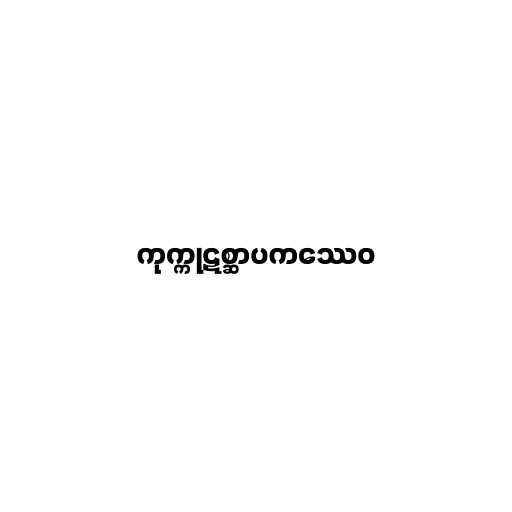
ကုက္ကုဋစ္ဆာပကဿေဝ